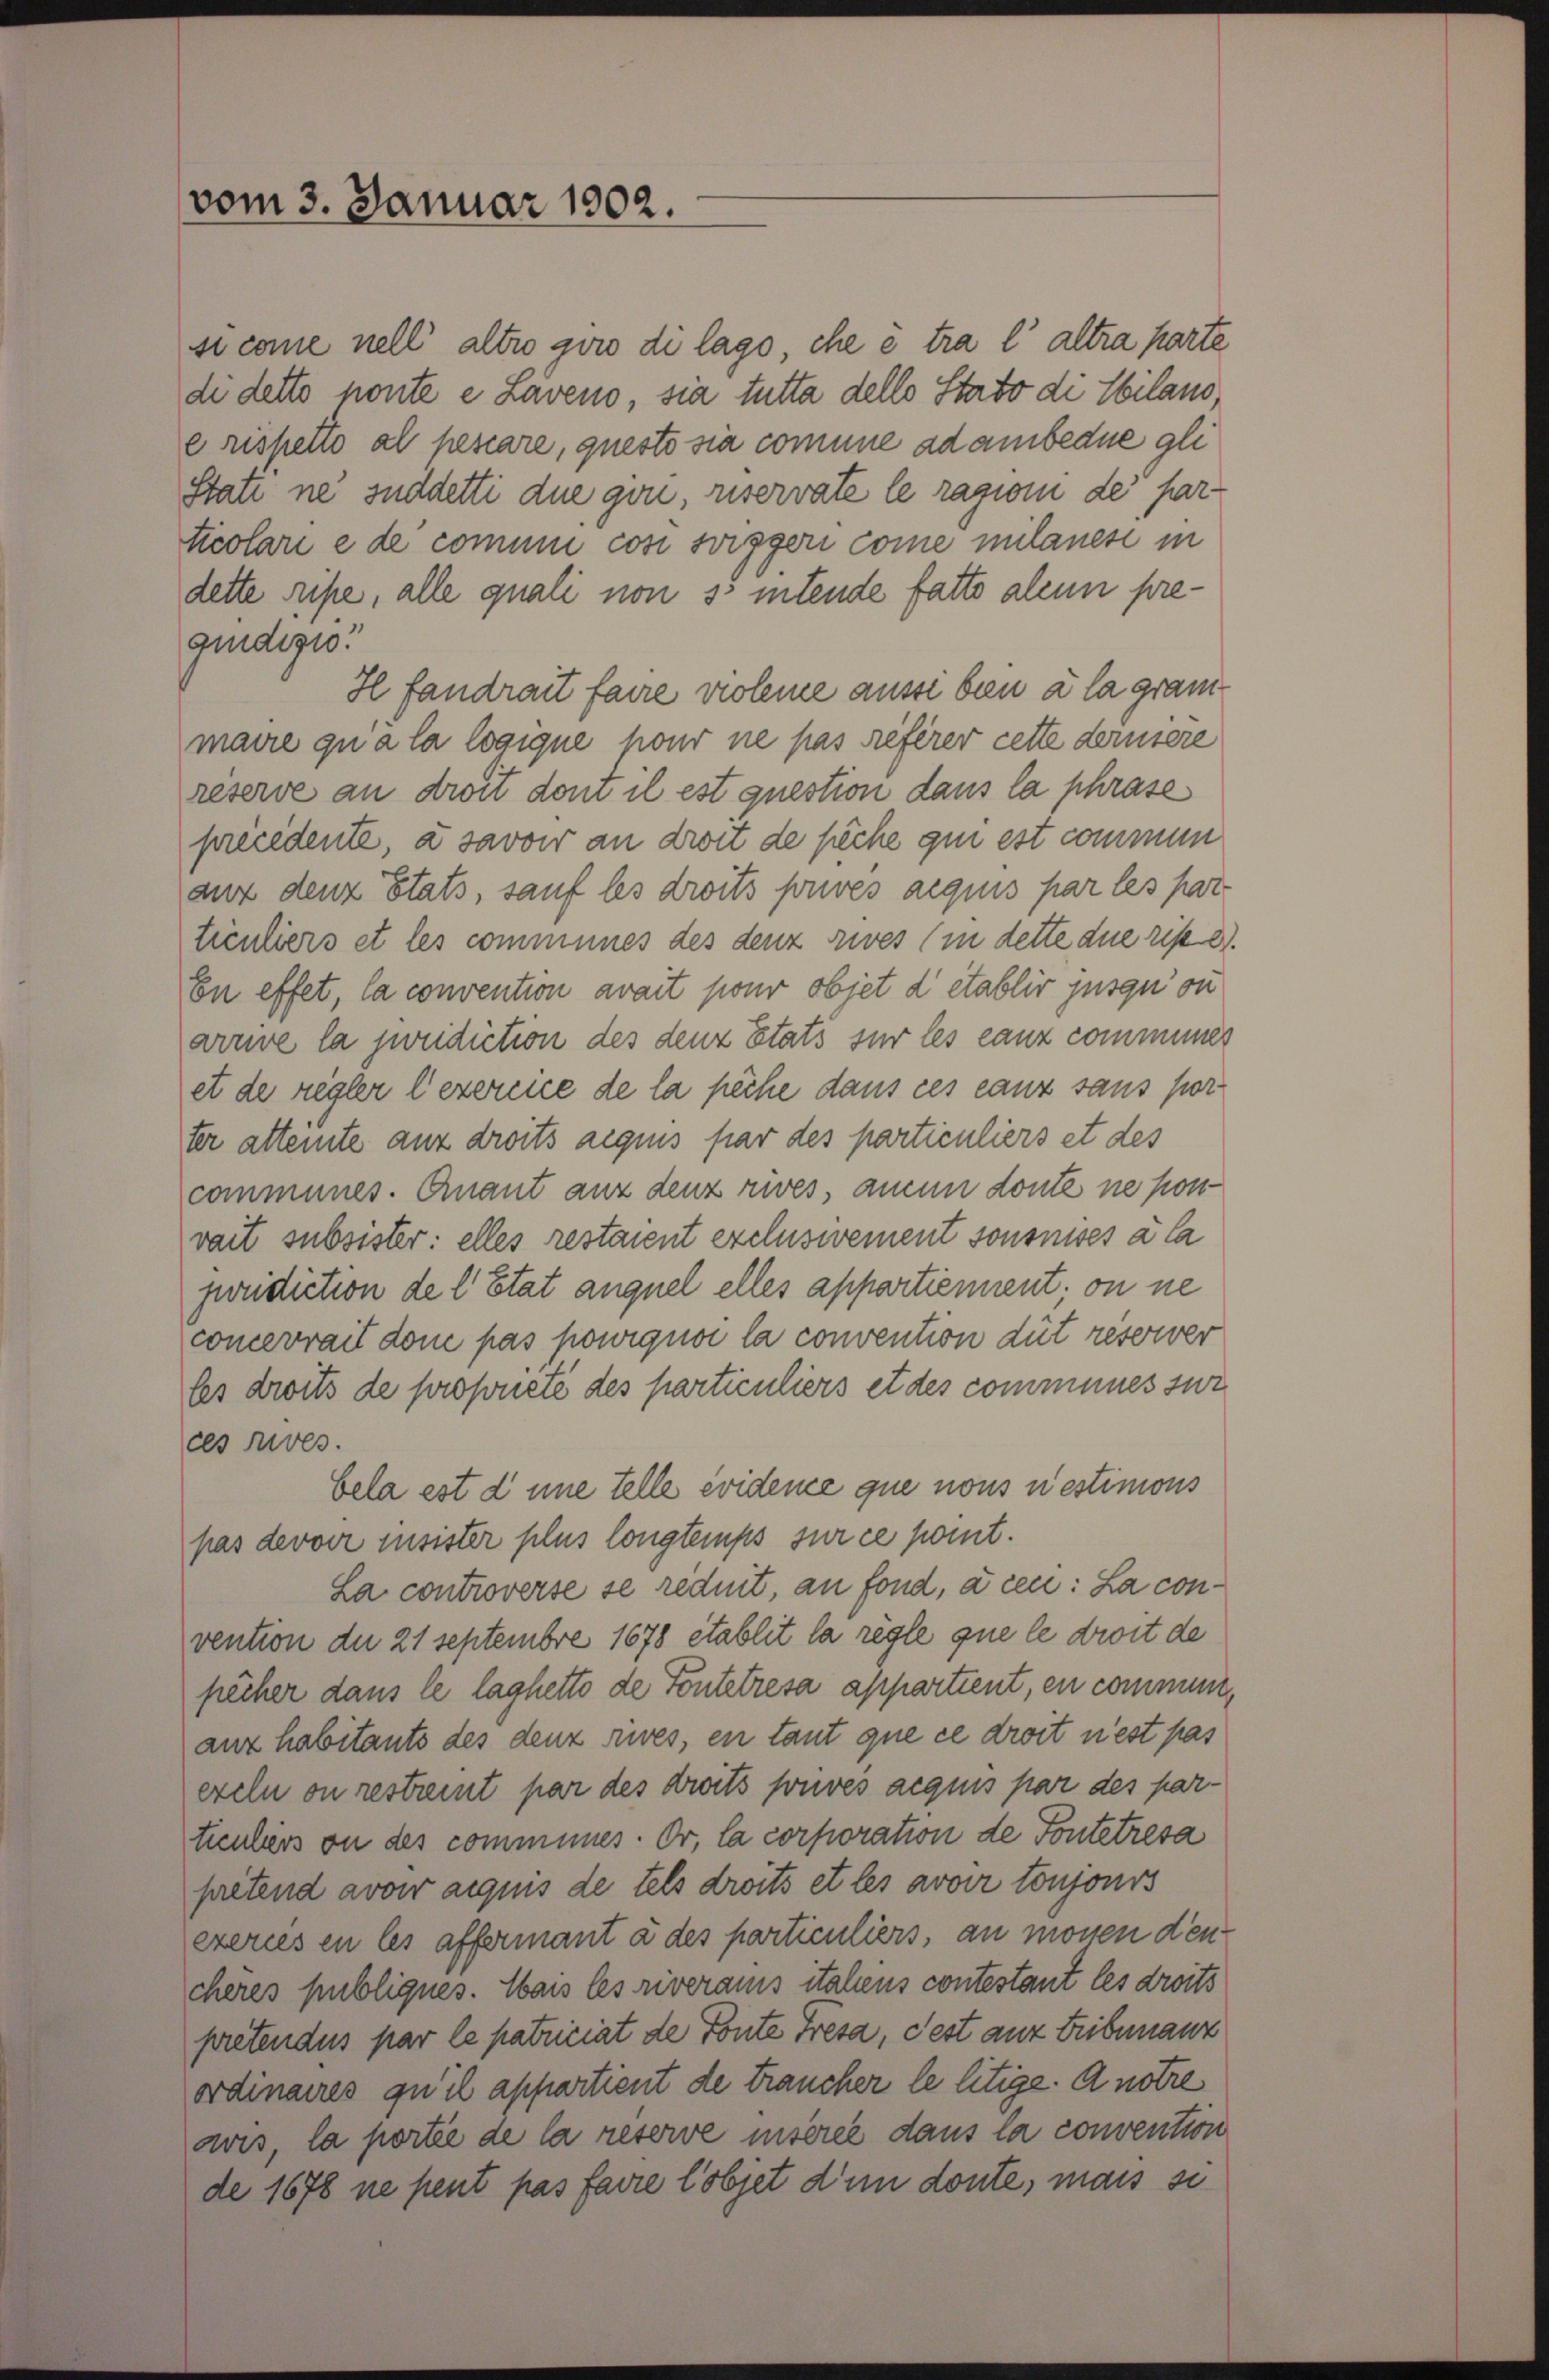
vom 3. Januar 1902.

sicome nell altes gowo di lago, che e tra l’altra parte
di detto nonte e Laveno, sia tutta dello Stato di Ebilans,
e rispetto al pessare, questo sia comme ad ambedue gle
Stati ne suddetti due gön, riservate le ragion der harticolari e de comme coni soigger comme milanesi in
dette ripe, alle quali non s. intende fatto alcun pre-
gindig!
H fandrait faire violene aussi bien à la grammaire qu’à la logique pour ne pas rieferer cette derniere
reserve an droit dont il est question dans la phrase
precedente, à savoir an droit de siche qui est commen
auf denz Etats, sanft les droits souves aequis par les par
tientiers et les communes des denz sives (in dette die riste
En effet, la convention avait pour objet d établir jusqu’on
arrre la juridiction des denz Etats sur les ganz communer
et de regler l’exercice de la pêche dans ces ganz sans por
ter altemte aux droits aequis par des particuliers et des
communes. Quant anz denz rives, aucun doute ne ponvait subsister: elles restaient exclusivement sonsnises a la
juridiction de l. Etat auquel elles appartiennent on ne
concerrait dem pas powiquoi la convention dut reserver
les droits de proponeté des particuliers et des communes sur
ces rives.
bela est d une telle évideme que nous uestimons
pas devoir susister plus longtemps sur ce port.
La controverse se rednit, an fond, a cen: La convention der 21 Septembre 1678 etablit la règle que le droit de
pecher dans le laghette de Fontetresa appartient, en commen,
anz habitants des denz seies, en tant que ce droit nest pas
exeln on restreit par des droits souves acquis par des partieulers on des communes. Or, la corporation de Fontetresa
pretend avoi acquis de tels droits et les avoir toujours
exerces en les affermant a des particuliers, an monen den
cheres publiques. Wais les riverais italiens contestant les droits
pretendes par le patriciat de Fonte Fresa, Fest anz tribunauz
ordinaires qu’il appartient de traucher le litige. A notre
avis, la portie de la reserve insérée dans la convention
de 1678 ne peut pas faire l’objet d’un doute, mais si